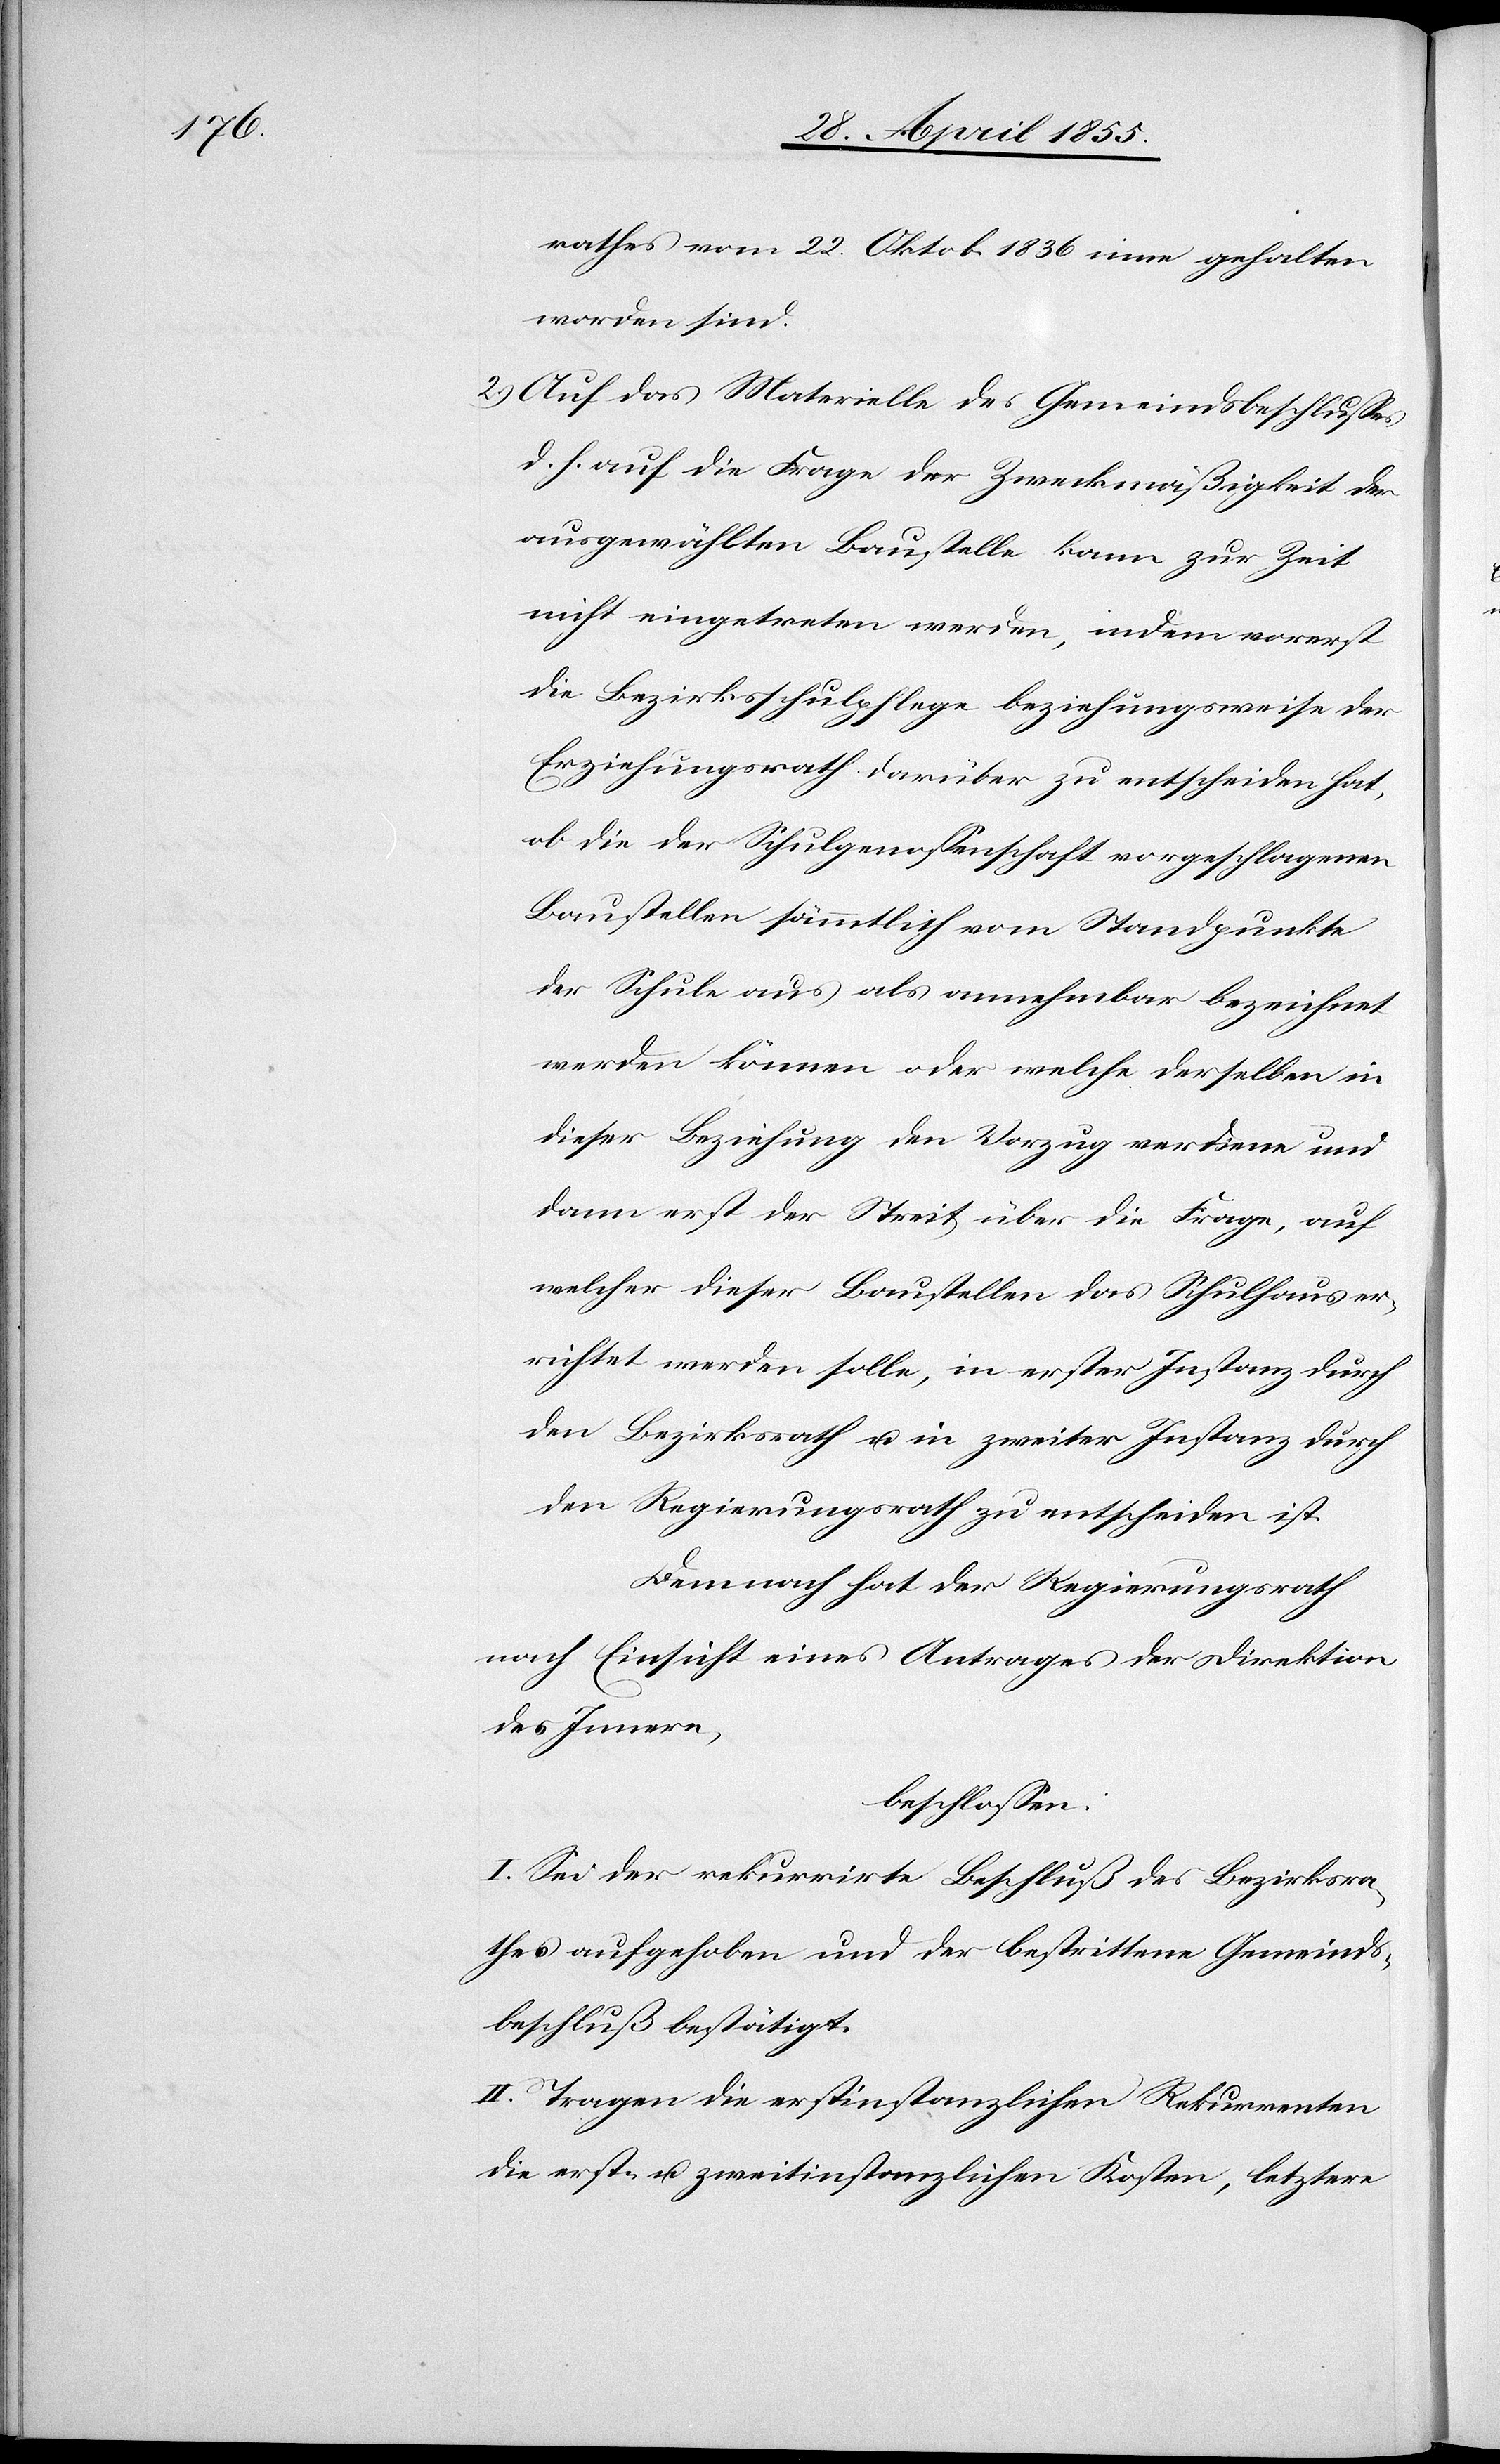
rathes vom 22. Oktob. 1836 inne gehalten
worden sind.
Auf das Materielle des Gemeindsbeschlusses
d. h. auf die Frage der Zweckmäßigkeit der
ausgewählten Baustelle kann zur Zeit
nicht eingetreten werden, indem vorerst
die Bezirksschulpflege beziehungsweise der
Erziehungsrath darüber zu entscheiden hat,
ob die der Schulgenossenschaft vorgeschlagenen
Baustellen sämmtlich vom Standpunkte
der Schule aus als annehmbar bezeichnet
werden können oder welche derselben in
dieser Beziehung den Vorzug verdiene und
dann erst der Streit über die Frage, auf
welcher dieser Baustellen das Schulhaus er¬
richtet werden solle, in erster Instanz durch
den Bezirksrath u. in zweiter Instanz durch
den Regierungsrath zu entscheiden ist.
Demnach hat der Regierungsrath
nach Einsicht eines Antrages der Direktion
des Innern,
beschlossen:
I. Sei der rekurrirte Beschluß des Bezirksra¬
thes aufgehoben und der bestrittene Gemeinds¬
beschluß bestätigt.
II. Tragen die erstinstanzlichen Rekurrenten
die erst- u. zweitinstanzlichen Kosten, letztere